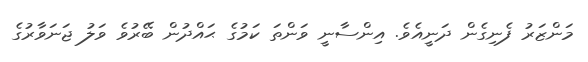
މަންޒަރު ފެނިގެން ދަނީއެވެ. އިންސާނީ ވަންތަ ކަމުގެ ޙައްދުން ބޭރުވެ ވަލު ޖަނަވާރުގެ